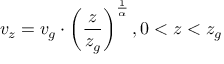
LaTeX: \ v _ { z } = v _ { g } \cdot \left( { \frac { z } { z _ { g } } } \right) ^ { \frac { 1 } { \alpha } } , 0 < z < z _ { g }